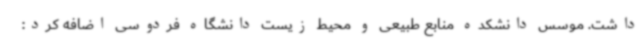
داشت. موسس دانشکده منابع طبیعی و محیط زیست دانشگاه فردوسی اضافه کرد: